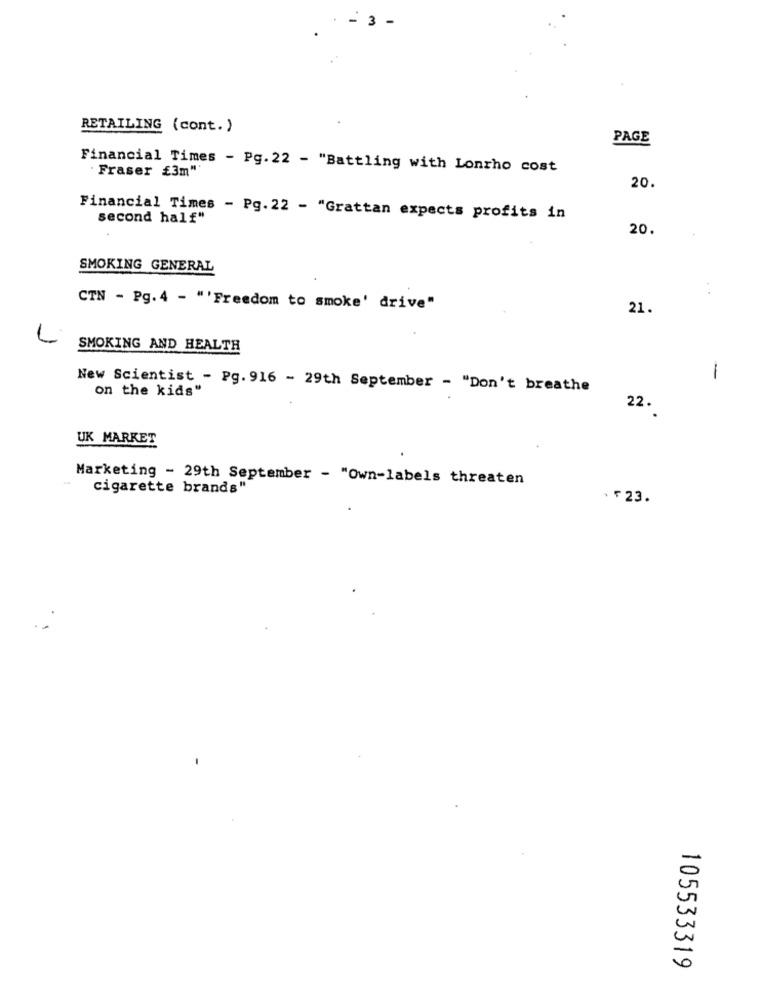
RETAILING (cont. )
PAGE
Financial Times - Pg. 22 - "Battling with Lonrho cost
Fraser £3m"
20.
Financial Times - Pg.22 - "Grattan expects profits in
second half"
20.
SMOKING GENERAL
. .
CTN - Pg. 4 - "'Freedom to smoke' drive"
21.
SMOKING AND HEALTH
1
New Scientist - Pg. 916 - 29th September - "Don't breathe
on the kids"
22.
UK MARKET
Marketing - 29th September - "Own-labels threaten
cigarette brands"
.F 23.
-
0
105533319